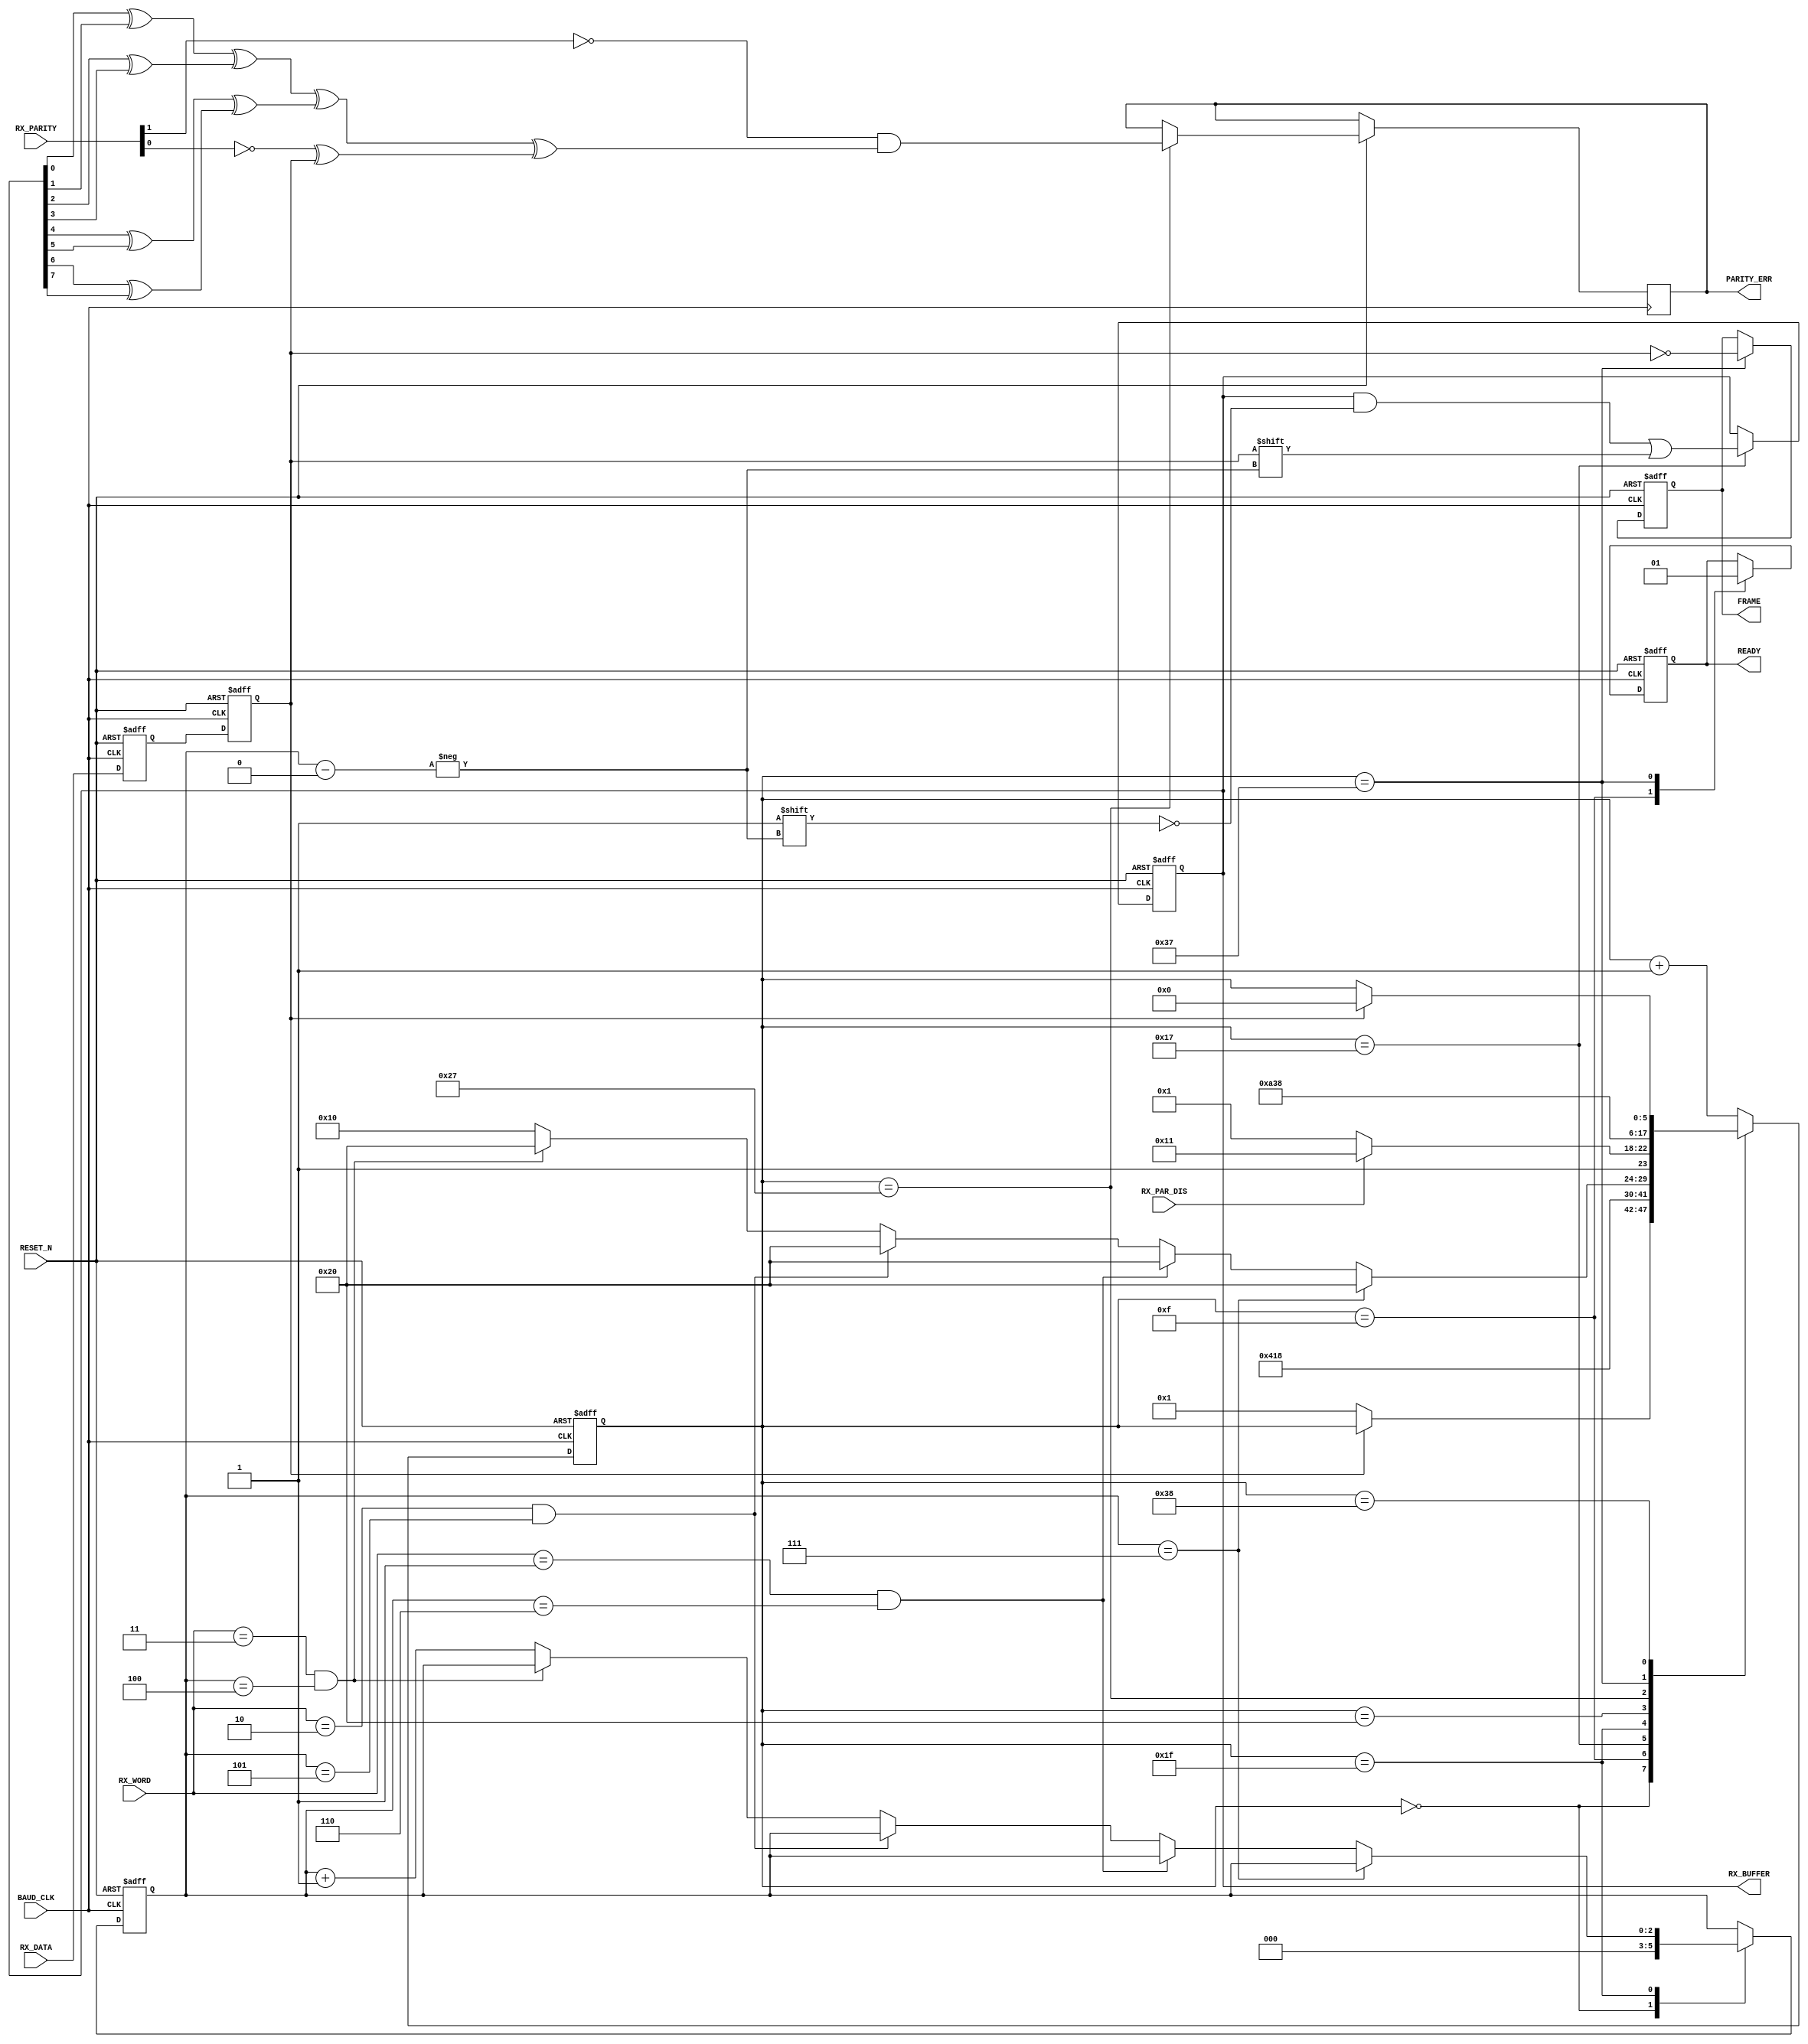
module uart51_rx(
RESET_N,
BAUD_CLK,
RX_DATA,
RX_BUFFER,
RX_WORD,
RX_PAR_DIS,
RX_PARITY,
PARITY_ERR,
FRAME,
READY
);
input					RESET_N;
input					BAUD_CLK;
input					RX_DATA;
output	[7:0]		RX_BUFFER;
reg		[7:0]		RX_BUFFER;
input		[1:0]		RX_WORD;
input					RX_PAR_DIS;
input		[1:0]		RX_PARITY;
output				PARITY_ERR;
reg					PARITY_ERR;
output				FRAME;
reg					FRAME;
output				READY;
reg					READY;
reg		[5:0]		STATE;
reg		[2:0]		BIT;
reg					RX_DATA0;
reg					RX_DATA1;
always @ (posedge BAUD_CLK or negedge RESET_N)
begin
	if(!RESET_N)
	begin
		RX_BUFFER <= 8'h00;
		STATE <= 6'b000000;
		FRAME <= 1'b0;
		BIT <= 3'b000;
		RX_DATA0 <= 1'b1;
		RX_DATA1 <= 1'b1;
		READY <= 1'b0;
	end
	else
	begin
		RX_DATA0 <= RX_DATA;
		RX_DATA1 <= RX_DATA0;
		case (STATE)
		6'b000000:										
		begin
			BIT <= 3'b000;
			if(~RX_DATA1)
				STATE <= 6'b000001;
		end
		6'b001111:								
		begin										
			READY <= 1'b0;
			STATE <= 6'b010000;
		end
		6'b010111:										
		begin
			RX_BUFFER[BIT] <= RX_DATA1;
			STATE <= 6'b011000;
		end
		6'b011111:										
		begin
			if(BIT == 3'b111)
			begin
				STATE <= 6'b100000;
			end
			else
			begin
				if((RX_WORD == 2'b01) && (BIT == 3'b110))
				begin
					STATE <= 6'b100000;
				end
				else
				begin
					if((RX_WORD == 2'b10) && (BIT == 3'b101)) 
					begin
						STATE <= 6'b100000;
					end
					else
					begin
						if((RX_WORD == 2'b11) && (BIT == 3'b100))
						begin
							STATE <= 6'b100000;
						end
						else
						begin
							BIT <= BIT + 1'b1;
							STATE <= 6'b010000;
						end
					end
				end
			end
		end
		6'b100000:										
		begin
			if(RX_PAR_DIS)
				STATE <= 6'b110001;		
			else
				STATE <= 6'b100001;		
		end
		6'b100111:										
		begin
			PARITY_ERR <= ~RX_PARITY[1] &											
							 (((RX_BUFFER[0] ^ RX_BUFFER[1])
							 ^ (RX_BUFFER[2] ^ RX_BUFFER[3]))
							 ^((RX_BUFFER[4] ^ RX_BUFFER[5])
							 ^ (RX_BUFFER[6] ^ RX_BUFFER[7]))	
							 ^ (~RX_PARITY[0] ^ RX_DATA1));
			STATE <= 6'b101000;
		end
		6'b110111:										
		begin
			FRAME <= !RX_DATA1;			
			READY <= 1'b1;
			STATE <= 6'b111000;
		end
		6'b111000:
		begin
			if(RX_DATA1)
				STATE <= 6'b000000;
		end
		default: STATE <= STATE + 1'b1;
		endcase
	end
end
endmodule